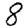
Digit: 8